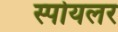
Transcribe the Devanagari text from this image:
स्पोयलर